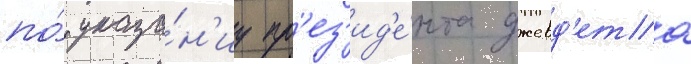
по́ указа́н'иу пр'ез'ид'е́нта джевд'ета